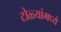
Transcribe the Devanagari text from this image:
टोळ्यांमध्ये